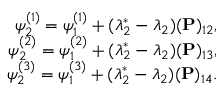
\begin{array} { r l r } & { } & { \psi _ { 2 } ^ { ( 1 ) } = \psi _ { 1 } ^ { ( 1 ) } + ( \lambda _ { 2 } ^ { * } - \lambda _ { 2 } ) ( \mathbf { P } ) _ { 1 2 } , } \\ & { } & { \psi _ { 2 } ^ { ( 2 ) } = \psi _ { 1 } ^ { ( 2 ) } + ( \lambda _ { 2 } ^ { * } - \lambda _ { 2 } ) ( \mathbf { P } ) _ { 1 3 } , } \\ & { } & { \psi _ { 2 } ^ { ( 3 ) } = \psi _ { 1 } ^ { ( 3 ) } + ( \lambda _ { 2 } ^ { * } - \lambda _ { 2 } ) ( \mathbf { P } ) _ { 1 4 } . } \end{array}